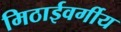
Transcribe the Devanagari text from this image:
मिठाईवर्गीय